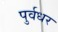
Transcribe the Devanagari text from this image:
पुर्वधर